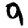
Digit: 9